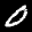
Label: 0